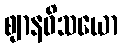
ဈာနဝိသယော